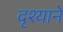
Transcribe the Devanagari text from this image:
दृश्याने